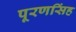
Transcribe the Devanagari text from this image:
पूरणसिंह